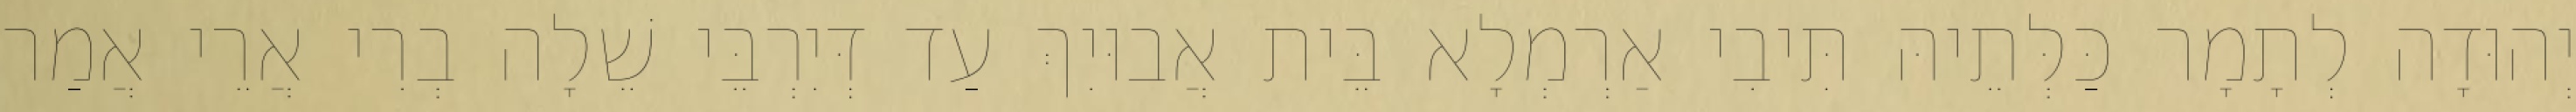
יְהוּדָה לְתָמָר כַּלְּתֵיהּ תִּיבִי אַרְמְלָא בֵּית אֲבוּיִךְ עַד דְּיִרְבֵּי שֵׁלָה בְרִי אֲרֵי אֲמַר